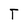
Character: T